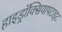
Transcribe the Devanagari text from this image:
हाइड्रॉक्सियापटाइट